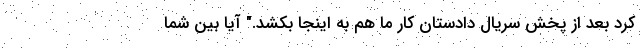
کرد بعد از پخش سریال دادستان کار ما هم به اینجا بکشد." آیا بین شما